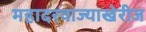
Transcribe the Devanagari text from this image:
महादरवाज्याखेरीज